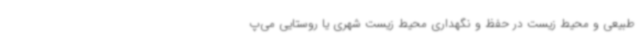
طبیعی و محیط زیست در حفظ و نگهداری محیط زیست شهری یا روستایی می‌پ